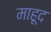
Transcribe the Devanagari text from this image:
माहूद